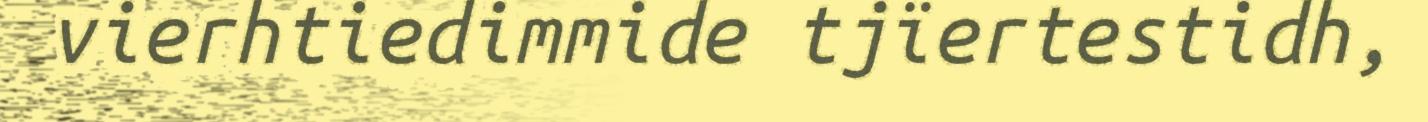
vierhtiedimmide tjïertestidh,